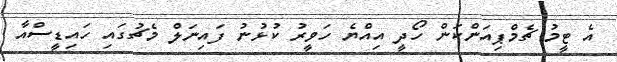
އެ ޓީމު ޗެމްޕިއަންކަން ހޯދީ އިއްޔެ ހަވީރު ކުޅުނު ފައިނަލް މެޗުގައި ހައިޑީސްއާ